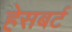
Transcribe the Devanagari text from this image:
हेसबर्ट